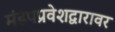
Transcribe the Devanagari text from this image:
मंडपप्रवेशद्वारावर